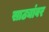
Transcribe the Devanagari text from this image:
साठ्यांवर